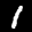
Label: 1